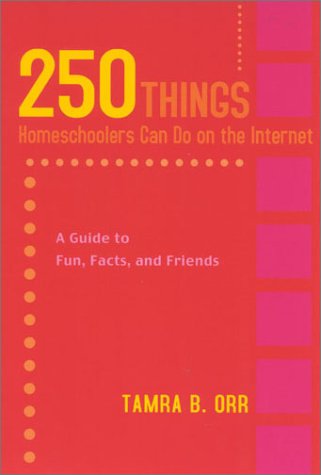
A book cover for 250 Things Homeschoolers Can Do On the Internet: A Guide to Fun, Facts, and Friends; Tamra Orr; Computers & Technology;